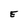
Character: E